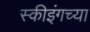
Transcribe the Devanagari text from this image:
स्कीइंगच्या